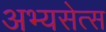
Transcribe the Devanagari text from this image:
अभ्यसेत्स